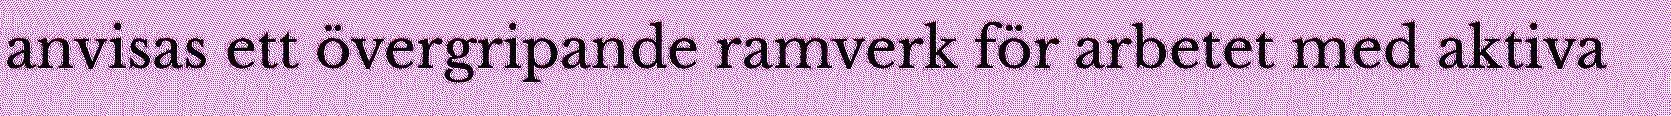
anvisas ett övergripande ramverk för arbetet med aktiva